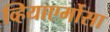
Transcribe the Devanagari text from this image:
व्हियाएर्मोसा